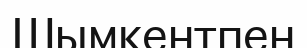
Шымкентпен